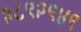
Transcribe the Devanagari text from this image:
३८९२९४९